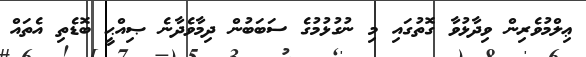
ޢިލްމުވެރިން ވިދާޅުވާ ގޮތުގައި މި ނުގުޅުމުގެ ސަބަބުން ދިމާވެދާނެ ޞިއްޙީ ބޮޑެތި އެތައް